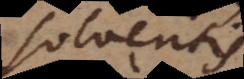
solveritis